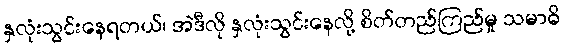
နှလုံးသွင်းနေရတယ်၊ အဲဒီလို နှလုံးသွင်းနေလို့ စိတ်တည်ကြည်မှု သမာဓိ